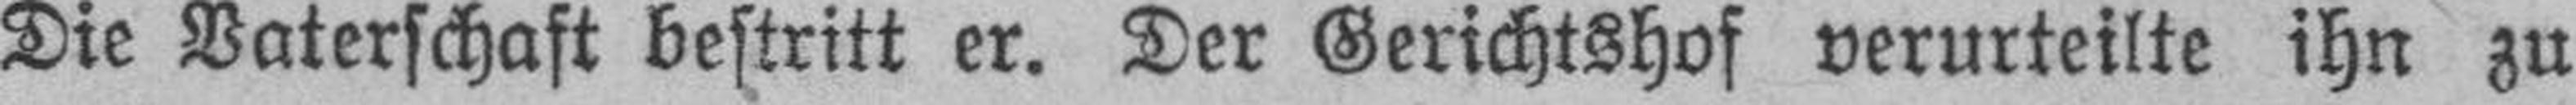
Die Vaterschaft bestritt er. Der Gerichtshof verurteilte ihn zu